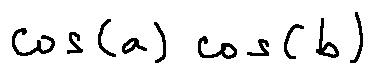
\cos ( a ) \cos ( b )